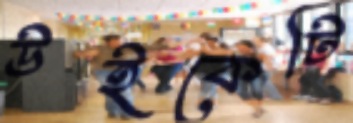
উইকেটি